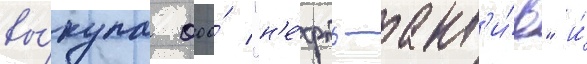
вы́купа ооо́ "н'е́фть-акт'и́в" и́